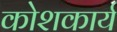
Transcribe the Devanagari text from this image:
कोशकार्य